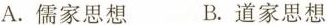
A.儒家思想 B.道家思想